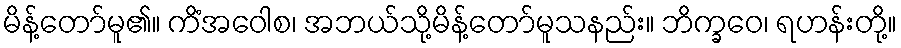
မိန့်တော်မူ၏။ ကိံအဝေါစ၊ အဘယ်သို့မိန့်တော်မူသနည်း။ ဘိက္ခဝေ၊ ရဟန်းတို့။